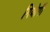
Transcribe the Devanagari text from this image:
गियोर्गी